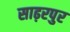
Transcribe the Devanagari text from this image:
साढ़रपुर